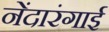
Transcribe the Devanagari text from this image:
नेंदारंगाई